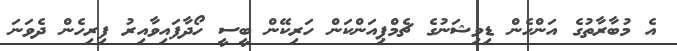
އެ މުބާރާތުގެ އަންހެން ޑިވިޝަނުގެ ޗެމްޕިއަންކަން ހަރިކޭން ބީސީ ހޯދާފައިވާއިރު ފިރިހެން ދެވަނަ